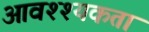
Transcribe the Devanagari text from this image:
आवश्श्यकता